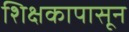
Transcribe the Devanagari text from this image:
शिक्षकापासून